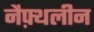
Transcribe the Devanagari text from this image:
नैफ़्थलीन